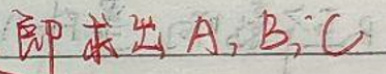
即求出A, B, C